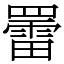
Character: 䍣